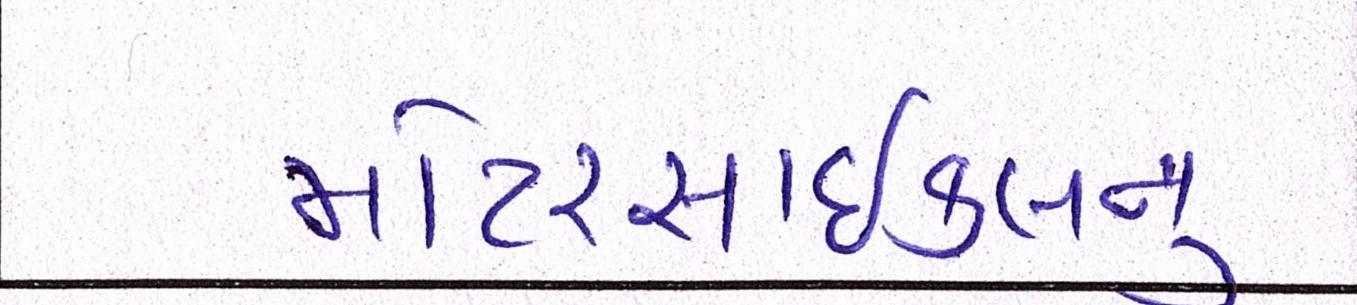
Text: મોટરસાઇકલનું